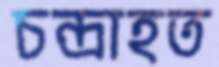
চন্দ্রাহত